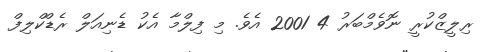
ރިލީޒްކުރީ ނޮވެމްބަރު 4 2001 އެވެ. މި ފިލްމާ އެކު ޑެނިއަލް ރެޑްކްލިފް